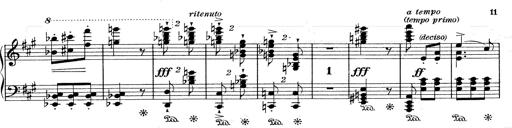
Title: Mephisto Waltz No.1
Composer: Franz Liszt